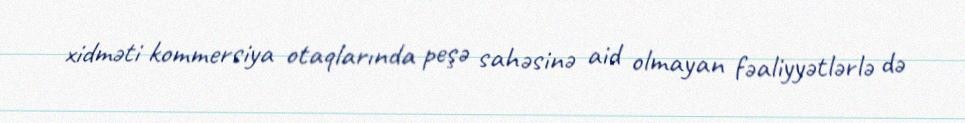
xidməti kommersiya otaqlarında peşə sahəsinə aid olmayan fəaliyyətlərlə də